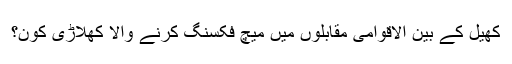
کھیل کے بین الاقوامی مقابلوں میں میچ فکسنگ کرنے والا کھلاڑی کون؟